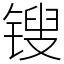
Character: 锼